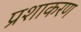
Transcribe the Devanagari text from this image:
प्रशाकरण